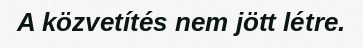
A közvetítés nem jött létre.